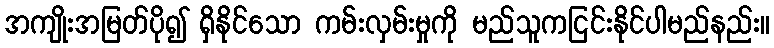
အကျိုးအမြတ်ပို၍ ရှိနိုင်သော ကမ်းလှမ်းမှုကို မည်သူကငြင်းနိုင်ပါမည်နည်း။